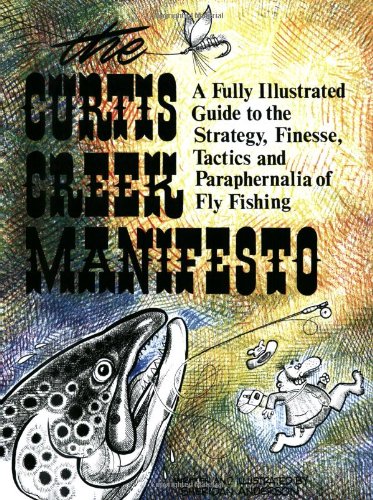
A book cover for Curtis Creek Manifesto:  A Fully Illustrated Guide to the Stategy, Finesse, Tactics, and Paraphernalia of Fly Fishing; Sheridan Anderson; Sports & Outdoors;